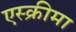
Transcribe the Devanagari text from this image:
एस्क्रीमा